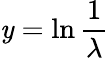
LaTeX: \mathit{y}=\ln{\frac{{1}}{{\lambda}}}